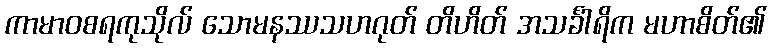
ကာမာဝစရကုသိုလ် သောမနဿသဟဂုတ် တိဟိတ် အသင်္ခါရိက မဟာစိတ်၏